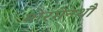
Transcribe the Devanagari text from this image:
मोरगेनथौ